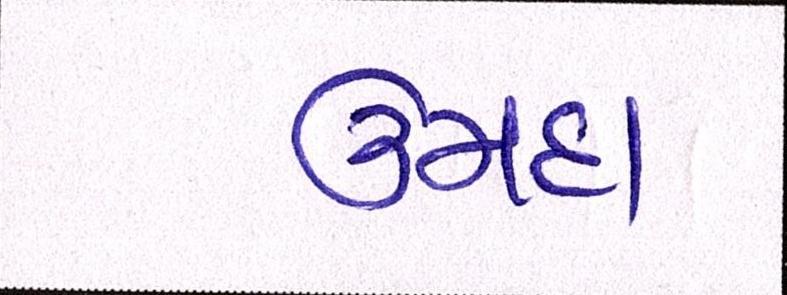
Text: ઉમદા